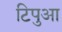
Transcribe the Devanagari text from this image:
टिपुआ